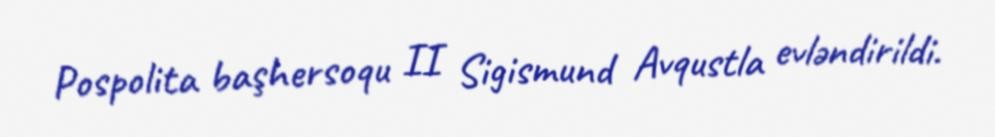
Pospolita başhersoqu II Sigismund Avqustla evləndirildi.